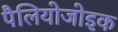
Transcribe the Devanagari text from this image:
पैलियोजोइक